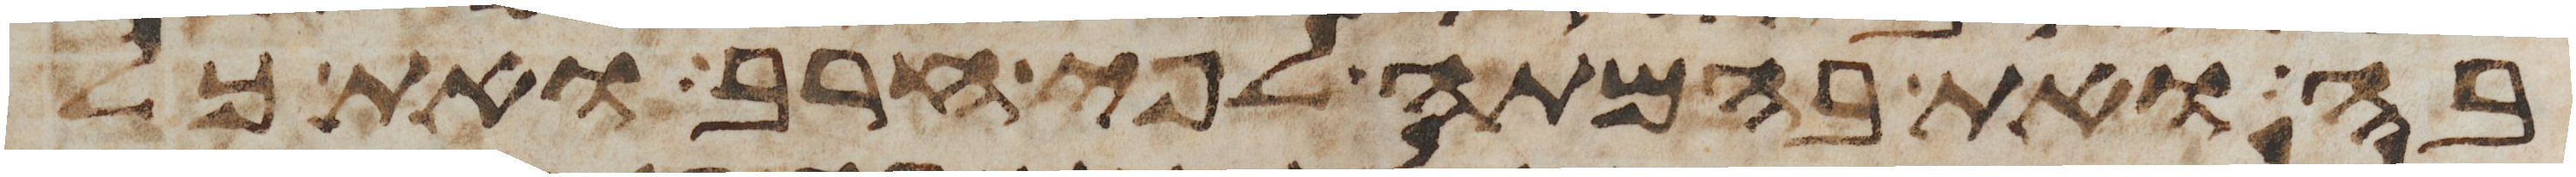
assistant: בה ואת בהמתה לפי חרב ואת כל